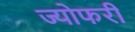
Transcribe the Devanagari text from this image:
ज्योफरी